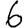
Digit: 6